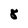
Character: 8